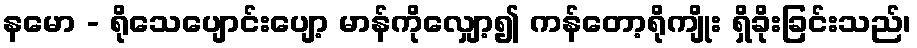
နမော - ရိုသေပျောင်းပျော့ မာန်ကိုလျှော့၍ ကန်တော့ရိုကျိုး ရှိခိုးခြင်းသည်၊